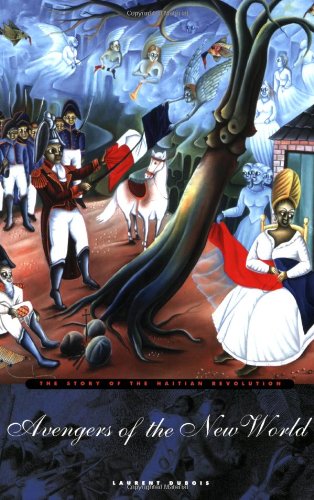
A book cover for Avengers of the New World: The Story of the Haitian Revolution; Laurent Dubois; History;